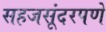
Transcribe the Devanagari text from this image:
सहजसूंदरपणे